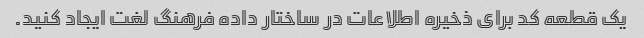
یک قطعه کد برای ذخیره اطلاعات در ساختار داده فرهنگ لغت ایجاد کنید.